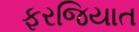
ફરજિયાત